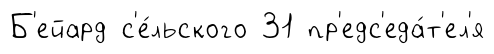
Б'ейард с'е́льского 31 пр'едс'еда́т'ел'я